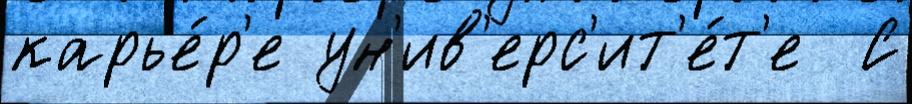
карье́р'е ун'ив'ерс'ит'е́т'е  С